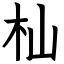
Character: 杣